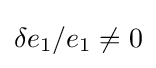
\delta e_{1}/e_{1}\neq 0